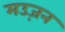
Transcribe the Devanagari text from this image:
मउज़न